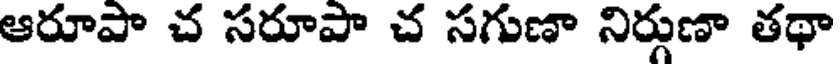
ఆరూపా చ సరూపా చ సగుణా నిర్గుణా తథా